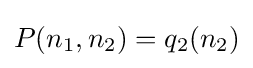
P(n_{1},n_{2})=q_{2}(n_{2})